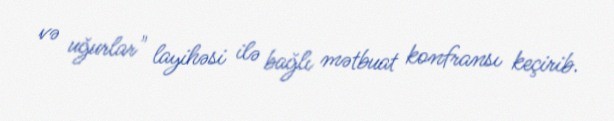
və uğurlar" layihəsi ilə bağlı mətbuat konfransı keçirib.